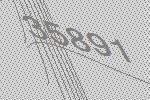
35891